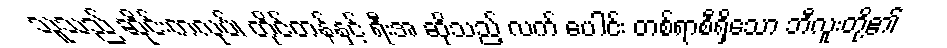
သူသည် ဆိုင်းကလုပ်၊ တိုင်တန်နှင့် ရီးအ ဆိုသည့် လက် ပေါင်း တစ်ရာစီရှိသော ဘီလူးတို့၏